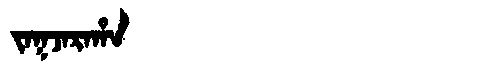
Manchu: ᠵᠠᡴᠵᠠᡵᠠᡥᠠ
Romanization: JAKJARAHA